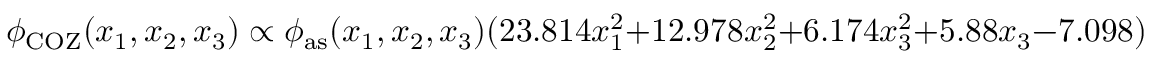
\phi _ { \mathrm { C O Z } } ( x _ { 1 } , x _ { 2 } , x _ { 3 } ) \propto \phi _ { \mathrm { a s } } ( x _ { 1 } , x _ { 2 } , x _ { 3 } ) ( 2 3 . 8 1 4 x _ { 1 } ^ { 2 } + 1 2 . 9 7 8 x _ { 2 } ^ { 2 } + 6 . 1 7 4 x _ { 3 } ^ { 2 } + 5 . 8 8 x _ { 3 } - 7 . 0 9 8 ) \; .